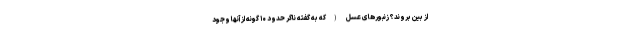
از بین بروند؟ زنبورهای عسل (که به گفته ناگر حدود ۱۰ گونه از آنها وجود